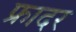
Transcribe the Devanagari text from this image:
फ्रादर